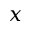
x